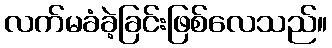
လက်မခံခဲ့ခြင်းဖြစ်လေသည်။